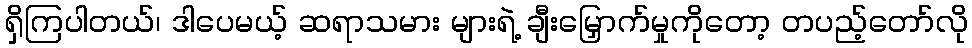
ရှိကြပါတယ်၊ ဒါပေမယ့် ဆရာသမား များရဲ့ ချီးမြှောက်မှုကိုတော့ တပည့်တော်လို